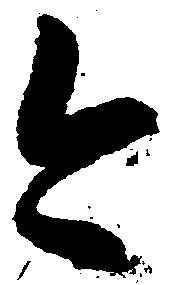
今